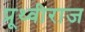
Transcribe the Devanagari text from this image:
प्रूथ्‍वीराज